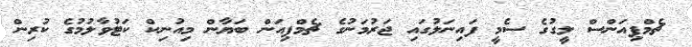
ޗެމްޕިއަންސް ލީގުގެ ސެމީ ފައިނަލުގައި ޖަރުމަނުގެ ޗެމްޕިއަން ބަޔާން މިއުނިކް ކަޓުވާލުމުގެ ކުރިން